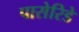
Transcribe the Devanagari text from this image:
पासेरिडे